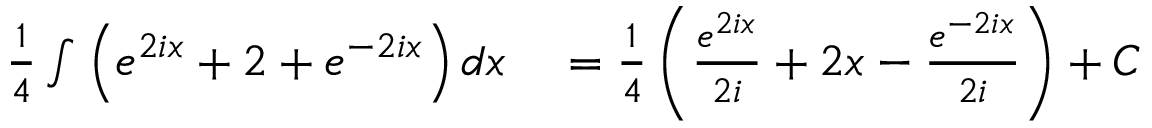
\begin{array} { r l } { { \frac { 1 } { 4 } } \int \left( e ^ { 2 i x } + 2 + e ^ { - 2 i x } \right) d x } & { { } = { \frac { 1 } { 4 } } \left( { \frac { e ^ { 2 i x } } { 2 i } } + 2 x - { \frac { e ^ { - 2 i x } } { 2 i } } \right) + C } \end{array}